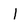
Character: I